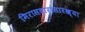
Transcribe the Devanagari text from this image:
मिरासदारांसारख्या